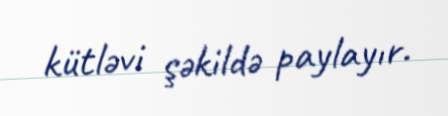
kütləvi şəkildə paylayır.